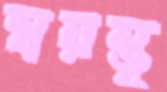
স্বয়ম্ভূ